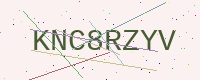
Text: KNC8RZYV